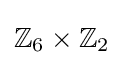
\mathbb {Z} _{6}\times \mathbb {Z} _{2}